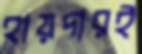
হায়দারই